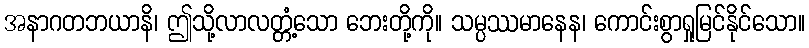
အနာဂတဘယာနိ၊ ဤသို့လာလတ္တံ့သော ဘေးတို့ကို။ သမ္ပဿမာနေန၊ ကောင်းစွာရှုမြင်နိုင်သော။